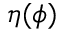
\eta ( \phi )